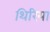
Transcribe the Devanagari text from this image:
थिरिया